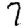
Digit: 7